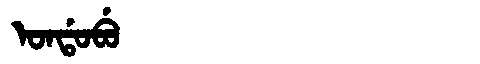
Manchu: ᠣᠨᡩᠣᠪᡠ
Romanization: ONDOBU